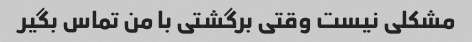
مشکلی نیست وقتی برگشتی با من تماس بگیر